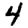
Digit: 4